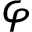
\varphi